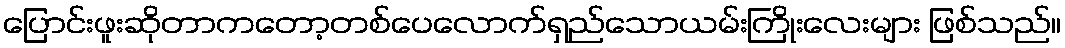
ပြောင်းဖူးဆိုတာကတော့တစ်ပေလောက်ရှည်သောယမ်းကြိုးလေးများ ဖြစ်သည်။